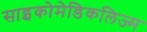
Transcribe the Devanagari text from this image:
साइकोमेडिकलिज्म